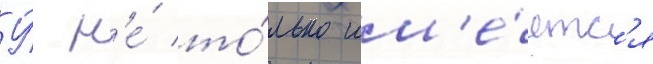
У́ н'е́ то́лько им'е́етс'я